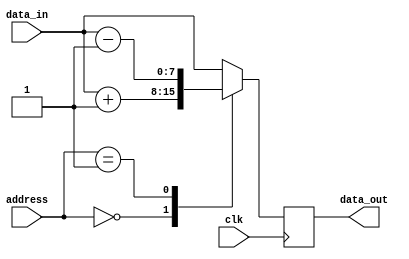
module parameterized_module #
(
  parameter DATA_WIDTH = 8,
  parameter ADDR_WIDTH = 4
)
(
  input          wire                     clk,
  input          wire [ADDR_WIDTH-1:0]    address,
  input          wire [DATA_WIDTH-1:0]    data_in,
  output reg     [DATA_WIDTH-1:0]         data_out
);

always @(posedge clk) begin
  case(address)
    // Define the internal logic based on address
    4'd0: data_out <= data_in + 1;
    4'd1: data_out <= data_in - 1;
    // Add more cases as needed
    default: data_out <= data_in;
  endcase
end

endmodule